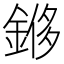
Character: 𫒬